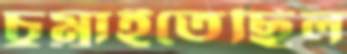
চুম্‌রাইতেছিল